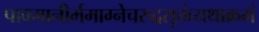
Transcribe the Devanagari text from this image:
पावमानीर्ममाग्नेचरुद्रसूक्तंयथाक्रमं